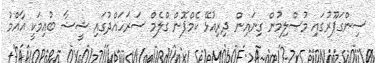
ސިންގަޕޫރުގައި މުސްލިމުން ގިނައިން ދިރިއުޅޭ ކެމްޕޮން ގްލެމް ސަރަހައްދުގައި ޝީޝާ ބުއިމަކީ އާއްމު